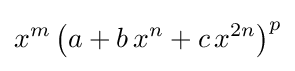
x^{m}\left(a+b\,x^{n}+c\,x^{2n}\right)^{p}